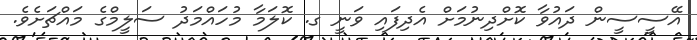
އޭސީސީން ދައުވާ ކޮށްދިނުމަށް އެދިފައި ވަނީ ގ. ކޮލަމާ މުހައްމަދު ސަލީމްގެ މައްޗަށެވެ.